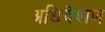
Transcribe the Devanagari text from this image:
अधिवेशण